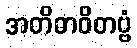
အတိဓာဝိတဗ္ဗံ